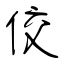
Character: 佼